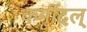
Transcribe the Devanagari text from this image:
कर्मीदल्